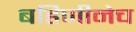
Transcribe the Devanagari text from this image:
बहिणीनेच